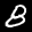
Label: 8